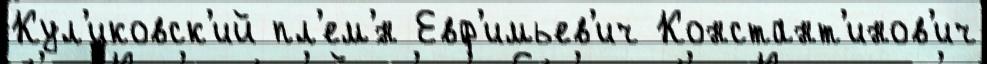
Кул'иковск'ий пл'ем'́н Евф'имьев'ич Констант'инов'ич